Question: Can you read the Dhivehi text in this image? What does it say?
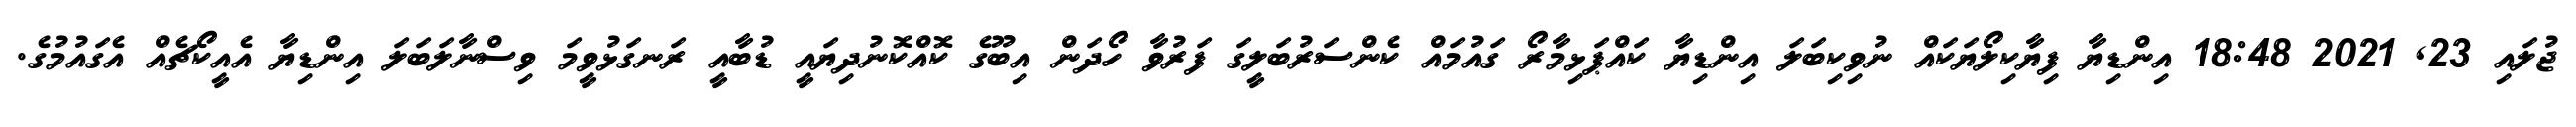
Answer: ޖުލައި 23, 2021 18:48 އިންޑިޔާ ފިޔާކިލޯޔަކައް ނުވިކިބަލަ އިންޑިޔާ ކައްޕަޅިމާރޯ ގައުމައް ކެންސަރުބަލީގަ ފަރުވާ ހޯދަން އިބޫގެ ކޮއްކޮނުދިޔައީ ޑުބާއީ ރަނގަޅުވީމަ ވިސްނާލަބަލަ އިންޑިޔާ އެއީކޯޗެއް އެގައުމުގެ.